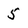
Character: 5